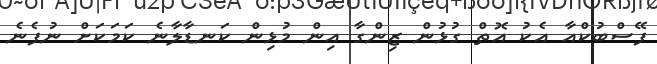
ފޭސްބުކްއާ އެކު އޮތް ގުޅުން ޒިންގާ އިން މުޅިން ކަނޑާލާނެ ކަމަކަށް ނުފެނެ